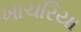
ખાચરિયા